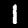
Label: 1